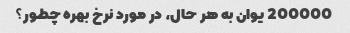
200000 یوان به هر حال، در مورد نرخ بهره چطور؟